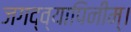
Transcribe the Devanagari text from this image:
जगद्व्यापिनीम्।